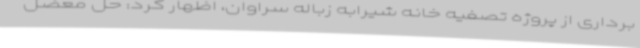
برداری از پروژه تصفیه خانه شیرابه زباله سراوان، اظهار کرد: حل معضل